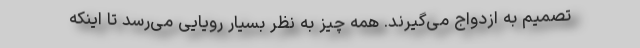
تصمیم به ازدواج می‌گیرند. همه چیز به نظر بسیار رویایی می‌رسد تا اینکه